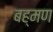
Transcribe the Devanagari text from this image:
बह्मण